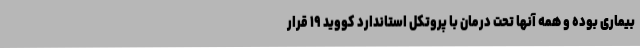
بیماری بوده و همه آنها تحت درمان با پروتکل استاندارد کووید ۱۹ قرار